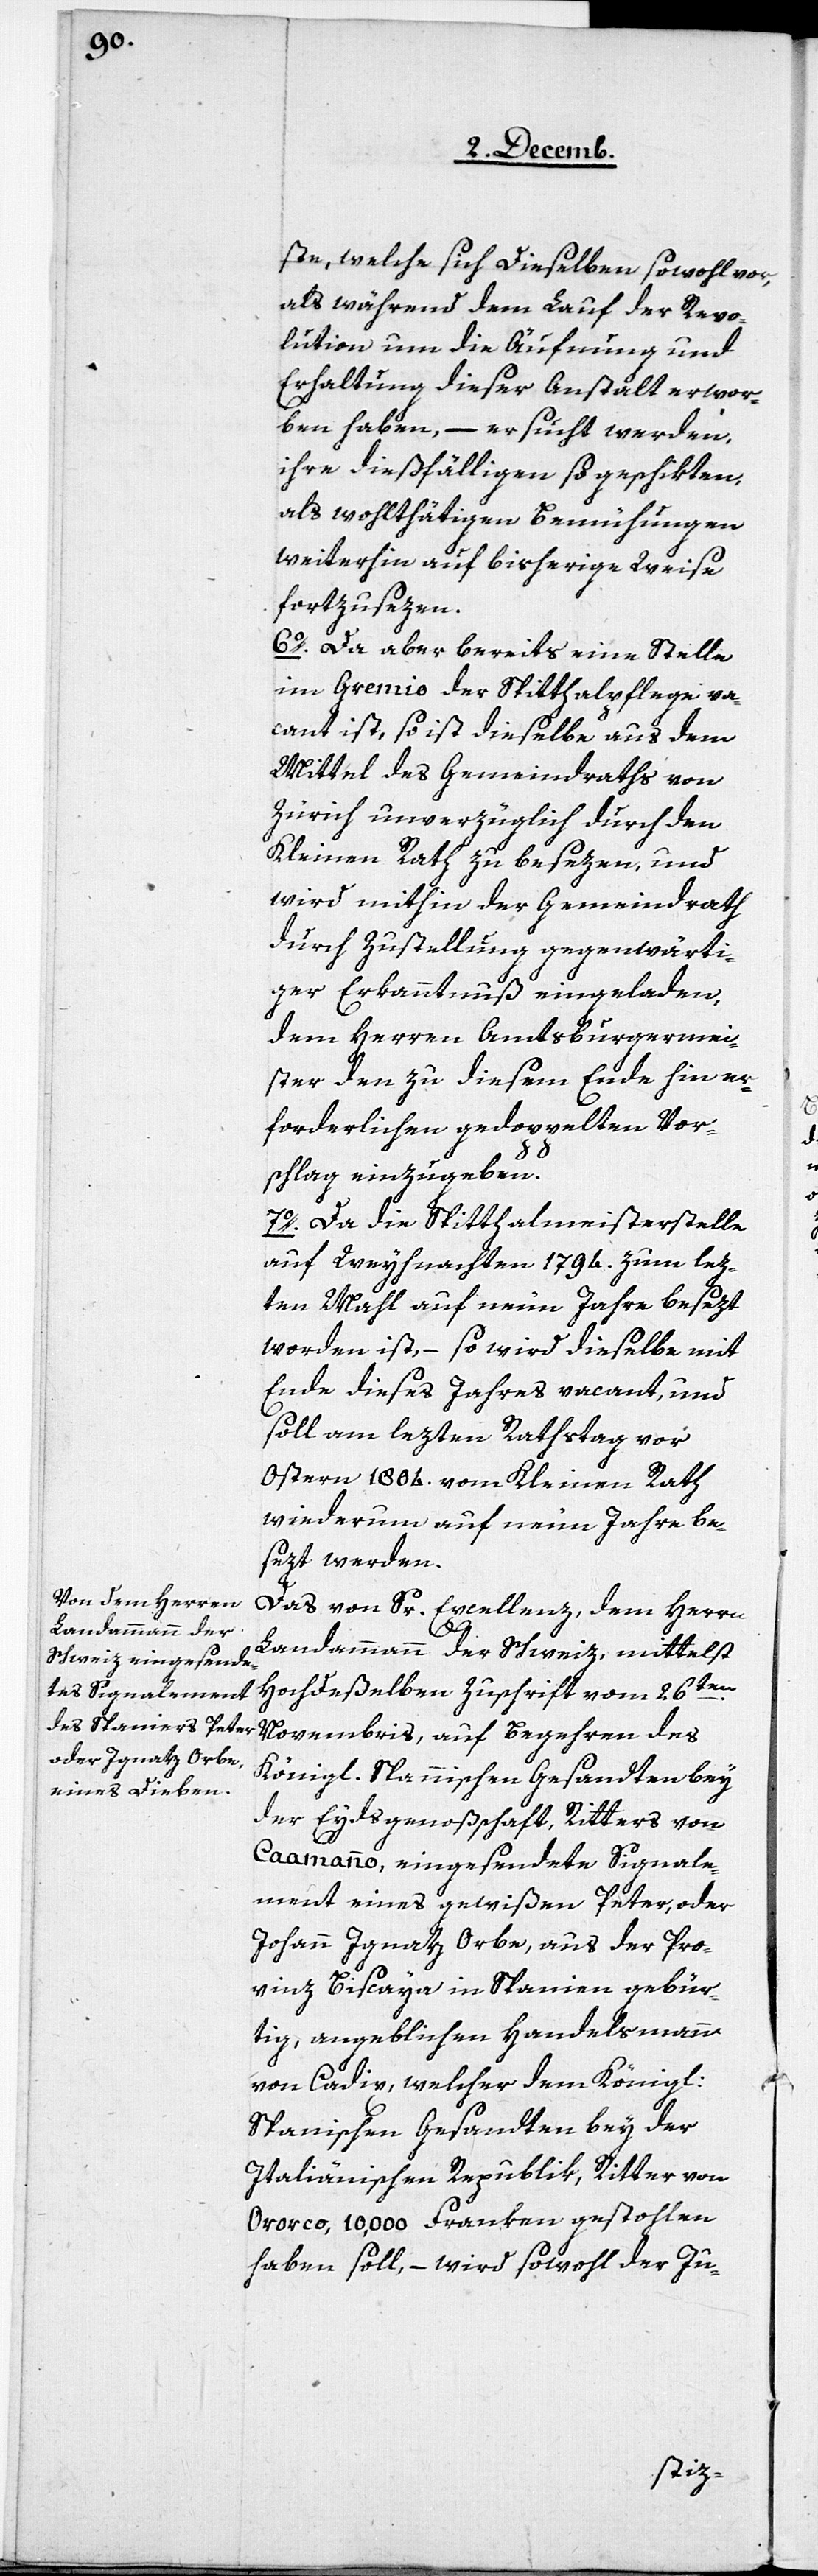
ste, welche sich Dieselben sowohl vor,
als während dem Lauf der Revo¬
lution um die Äufnung und
Erhaltung dieser Anstalt erwor¬
ben haben, – ersucht werden,
ihre dießfällige so geschikten,
als wohlthätigen Bemühungen
weiterhin auf bisherige Weise
fortzusezen.
6. Da aber bereits eine Stelle
im Gremio der Spitthalpflege va¬
cant ist, so ist dieselbe aus dem
Mittel des Gemeindraths von
Zürich unverzüglich durch den
Kleinen Rath zu besezen, und
wird mithin der Gemeindrath
durch Zustellung gegenwärti¬
ger Erkanntnuß eingeladen,
dem Herren Amtsburgermei¬
ster den zu diesem Ende hin er¬
forderlichen gedoppelten Vor¬
schlag einzugeben.
7. Da die Spitthalmeisterstelle
auf Weyhnachten 1794. zum lez¬
ten Mahl auf neun Jahre besezt
worden ist, – so wird dieselbe mit
Ende dieses Jahres vacant, und
soll am lezten Rathstag vor
Ostern 1804. vom Kleinen Rath
wiederum auf neun Jahre be¬
sezt werden.
Das von Sr. Excellenz, dem Herrn
Landammann der Schweiz, mittelst
Hochdeßelben Zuschrift vom 26ten.
Novembris, auf Begehren des
Königl. Spannischen Gesandten bey
der Eydsgenoßenschaft, Ritters von
Caamanno, eingesendete Signale¬
ment eines gewißen Peter, oder
Johann Ignatz Orbe, aus der Pro¬
vinz Biscaya, in Spanien gebür¬
tig, angeblichen Handelsmann
von Cadix, welcher dem Königl:
Spanischen Gesandten bey der
Italiänischen Republik, Ritter von
Ororco, 10,000 Franken gestohlen
haben soll, – wird sowohl der Ju-